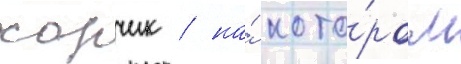
хорчик / на́ кото́ром